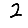
Digit: 2